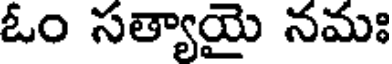
ఓం సత్యాయై నమః